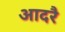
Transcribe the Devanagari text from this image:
आदरै